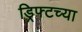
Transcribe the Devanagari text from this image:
ड्रिफ्टच्या